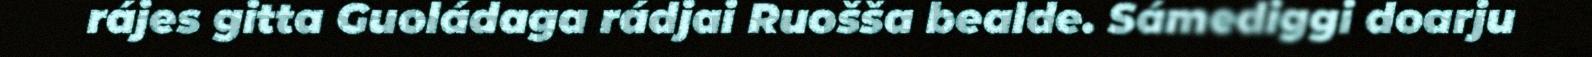
rájes gitta Guoládaga rádjai Ruošša bealde. Sámediggi doarju